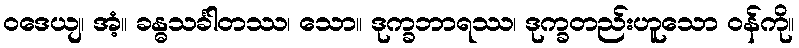
ဝဒေယျ၊ အံ့။ ခန္ဓသင်္ခါတဿ၊ သော။ ဒုက္ခဘာရဿ၊ ဒုက္ခတည်းဟူသော ဝန်ကို။